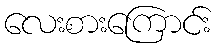
လေးစားကြောင်း